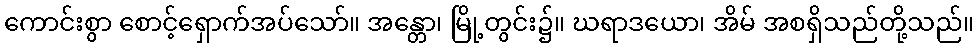
ကောင်းစွာ စောင့်ရှောက်အပ်သော်။ အန္တော၊ မြို့တွင်း၌။ ဃရာဒယော၊ အိမ် အစရှိသည်တို့သည်။